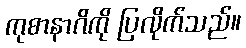
ကုစာနာဂိကို ပြလိုက်သည်။